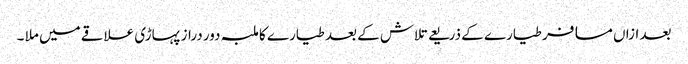
بعد ازاں مسافر طیارے کے ذریعے تلاش کے بعد طیارے کا ملبہ دور دراز پہاڑی علاقے میں ملا ۔